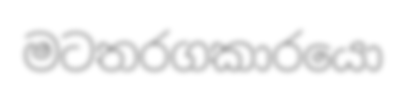
මටතරගකාරයො